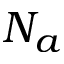
N _ { a }